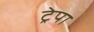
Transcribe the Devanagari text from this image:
ट्रेपा